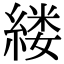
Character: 𫃵